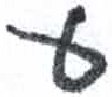
אות: ע